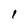
Character: l